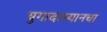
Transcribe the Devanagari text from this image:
युगादरम्यानचा